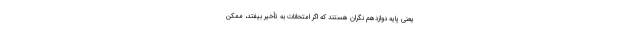
یعنی پایه دوازدهم نگران هستند که اگر امتحانات به تأخیر بیفتد، ممکن